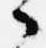
々